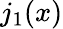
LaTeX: j_{1}(x)